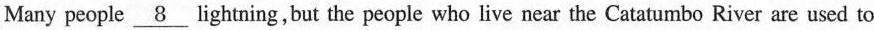
Many people \underline{8} lightning,but the people who live near the Catatumbo River are used to